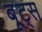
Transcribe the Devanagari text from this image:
बू्ट्स